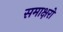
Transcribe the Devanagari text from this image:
समाक्षरों